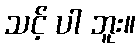
သင့် ပါ ဘူး။